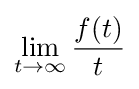
\lim _{t\to \infty }{\frac {f(t)}{t}}